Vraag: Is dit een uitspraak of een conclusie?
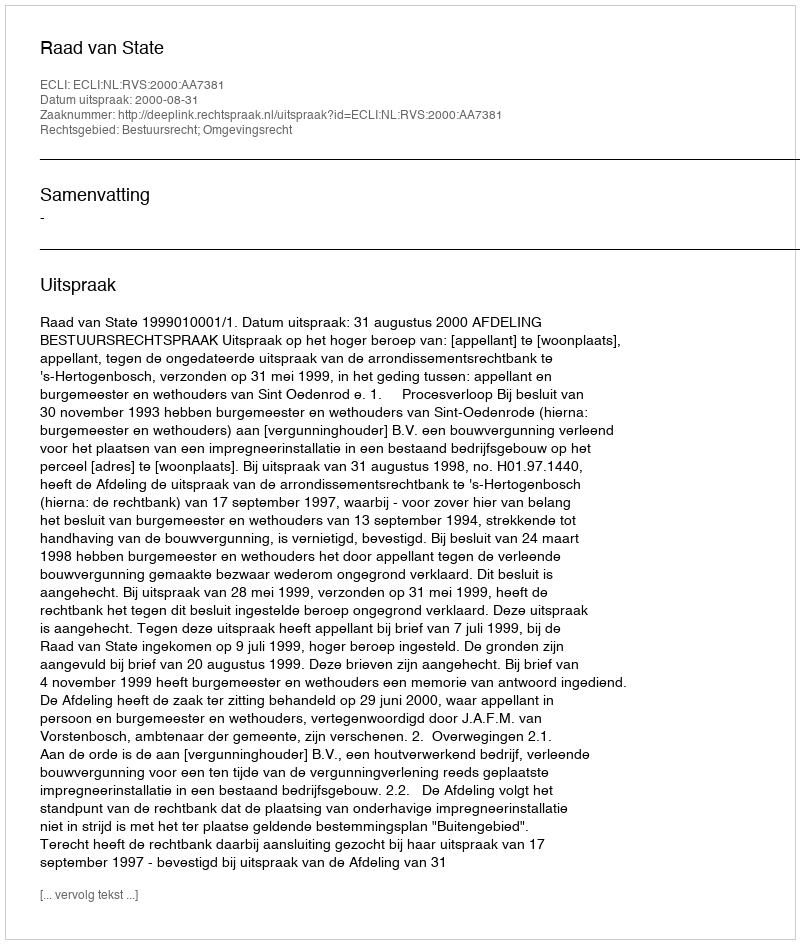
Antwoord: Uitspraak